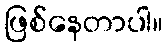
ဖြစ်နေတာပါ။